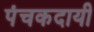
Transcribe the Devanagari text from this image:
पंचकदायी